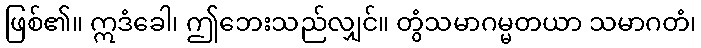
ဖြစ်၏။ ဣဒံခေါ၊ ဤဘေးသည်လျှင်။ တွံသမာဂမ္မတယာ သမာဂတံ၊